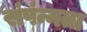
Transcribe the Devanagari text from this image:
संपंन्नता